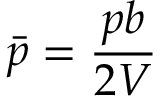
{ \bar { p } } = { \frac { p b } { 2 V } }